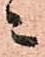
ニ